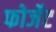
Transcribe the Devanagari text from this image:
फोर्जेट